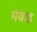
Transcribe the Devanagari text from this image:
मेवाइ